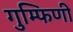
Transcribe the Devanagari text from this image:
गुम्फिणी